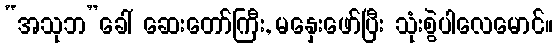
“အသုဘ”ခေါ် ဆေးတော်ကြီး, မနှေးဖော်ပြီး သုံးစွဲပါလေမောင်။